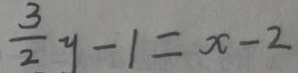
\frac { 3 } { 2 } y - 1 = x - 2